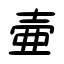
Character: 壷